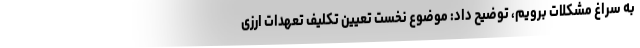
به سراغ مشکلات برویم، توضیح داد: موضوع نخست تعیین تکلیف تعهدات ارزی